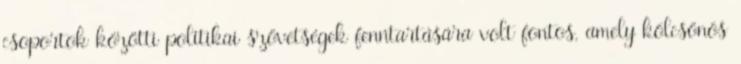
csoportok közötti politikai szövetségek fenntartására volt fontos, amely kölcsönös